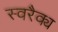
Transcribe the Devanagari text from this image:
स्वरैक्य